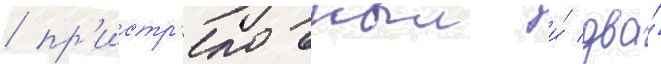
/ пр'истр'елочныи и́ два́